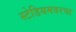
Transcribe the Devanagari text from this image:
स्टेडियमवरचा